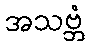
အသဗ္ဘံ